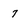
Character: 7